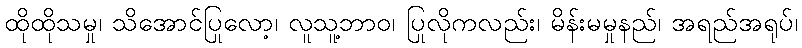
ထိုထိုသမှု၊ သိအောင်ပြုလော့၊ လူသူ့ဘာဝ၊ ပြုလိုကလည်း၊ မိန်းမမှုနည်၊ အရည်အရုပ်၊